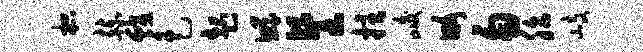
枳赫蛟色起鲧餐拄峻略勿胎岐